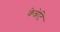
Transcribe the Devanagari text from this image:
केन्नेटि